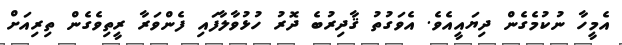
އެމީހާ ނުކުމެގެން ދިޔައީއެވެ. އެވަގުތު ޤާދިރުބެ ދޮރު ހުޅުވާލާފައި ފެންވަރާ ރީތިވެގެން ތިރިއަށް